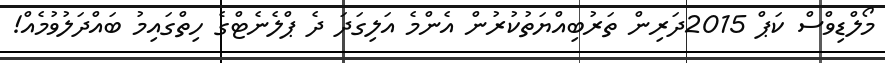
މޯލްޑިވްސް ކަޕް 2015ދަރިން ތަރުބިއްޔަތުކުރުން އެންމެ އަލިގަދަ ދެ ޕްލެނެޓްގެ ހިތްގައިމު ބައްދަލުވުމެއް!